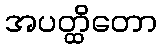
အပတ္ထိတော